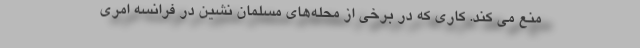
منع می کند. کاری که در برخی از محله‌های مسلمان نشین در فرانسه امری